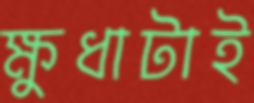
ক্ষুধাটাই